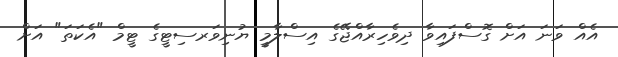
އެއް ވަނަ އަށް ގޮސްފައިވާ ދިވެހިރާއްޖޭގެ އިސްލާމީ ޔުނިވަރސިޓީގެ ޓީމް "އެކަތަ" އަށް